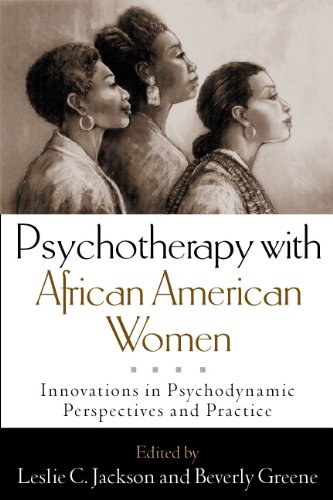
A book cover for Psychotherapy with African American Women: Innovations in Psychodynamic Perspectives and Practice; Medical Books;